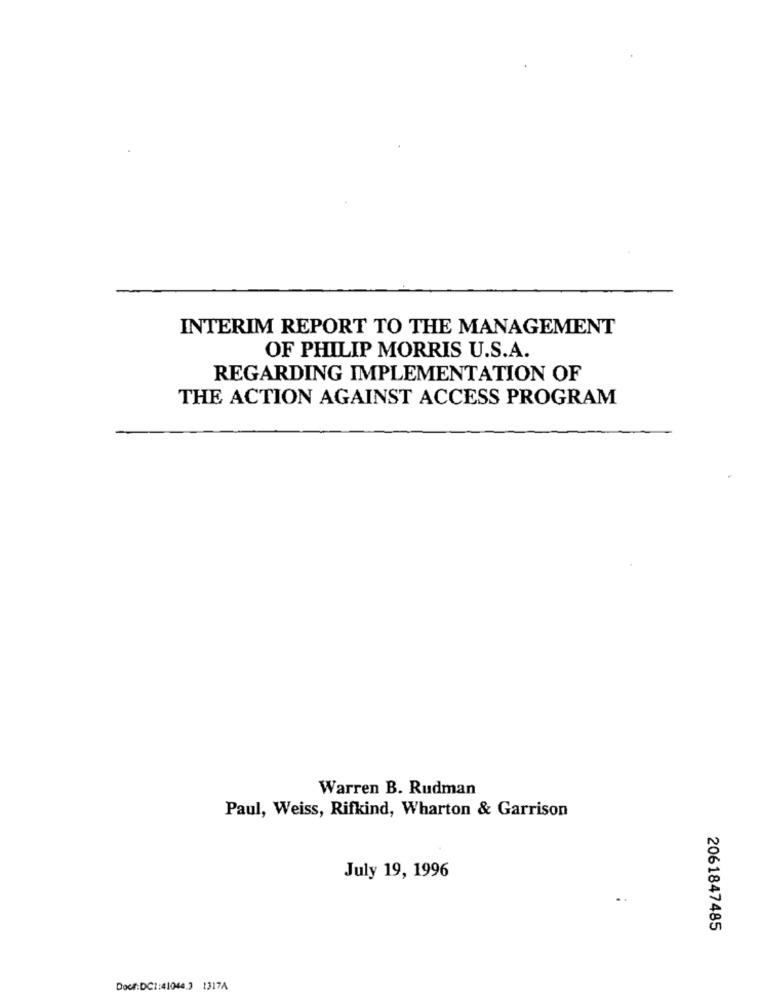
INTERIM REPORT TO THE MANAGEMENT
OF PHILIP MORRIS U.S.A.
REGARDING IMPLEMENTATION OF
THE ACTION AGAINST ACCESS PROGRAM
Warren B. Rudman
Paul, Weiss, Rifkind, Wharton & Garrison
July 19, 1996
2061847485
Doce:DC1:41044.3 1317A